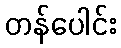
တန်ပေါင်း